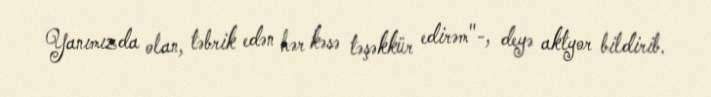
Yanımızda olan, təbrik edən hər kəsə təşəkkür edirəm"-, deyə aktyor bildirib.